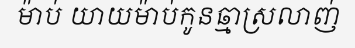
ម៉ាប់ យាយម៉ាប់កូនឆ្មាស្រលាញ់